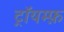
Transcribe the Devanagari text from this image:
ट्रॉयम्फ़